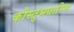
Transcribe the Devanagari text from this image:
कौस्तुभधारिण